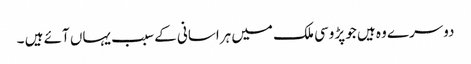
دوسرے وہ ہیں جو پڑوسی ملک میں ہراسانی کے سبب یہاں آئے ہیں ۔